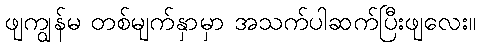
ဖျကျွန်မ တစ်မျက်နှာမှာ အသက်ပါဆက်ပြီးဖျလေး။